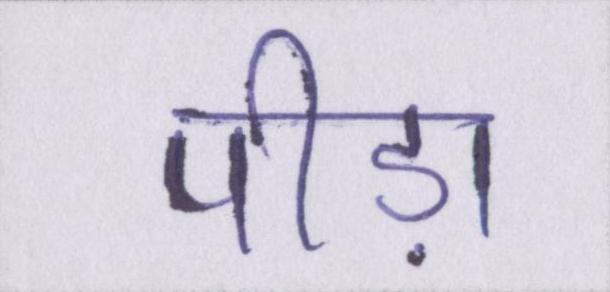
पीड़ा